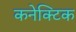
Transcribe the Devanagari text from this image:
कनेक्टिक